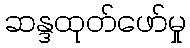
ဆန္ဒထုတ်ဖော်မှု